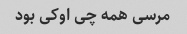
مرسی همه چی اوکی بود